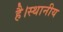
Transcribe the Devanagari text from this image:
है।स्थानीय